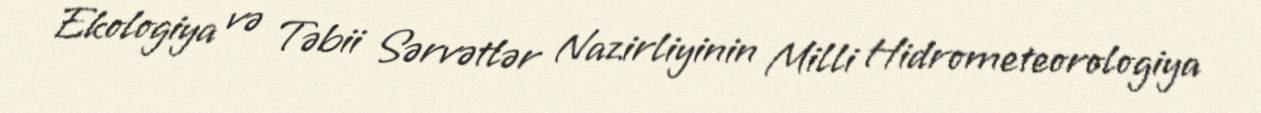
Ekologiya və Təbii Sərvətlər Nazirliyinin Milli Hidrometeorologiya